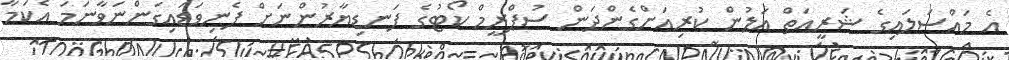
އެ މައްސަލައިގެ ޝަރީއަތް އަލުން ކުރިއަށްގެންދަން ސުޕްރީމް ކޯޓުގެ ފަނޑިޔާރުންނަށް ފެނިވަޑައިގަންނަވާނަމަ އެކަމާ